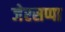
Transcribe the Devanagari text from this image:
जेरसप्पा